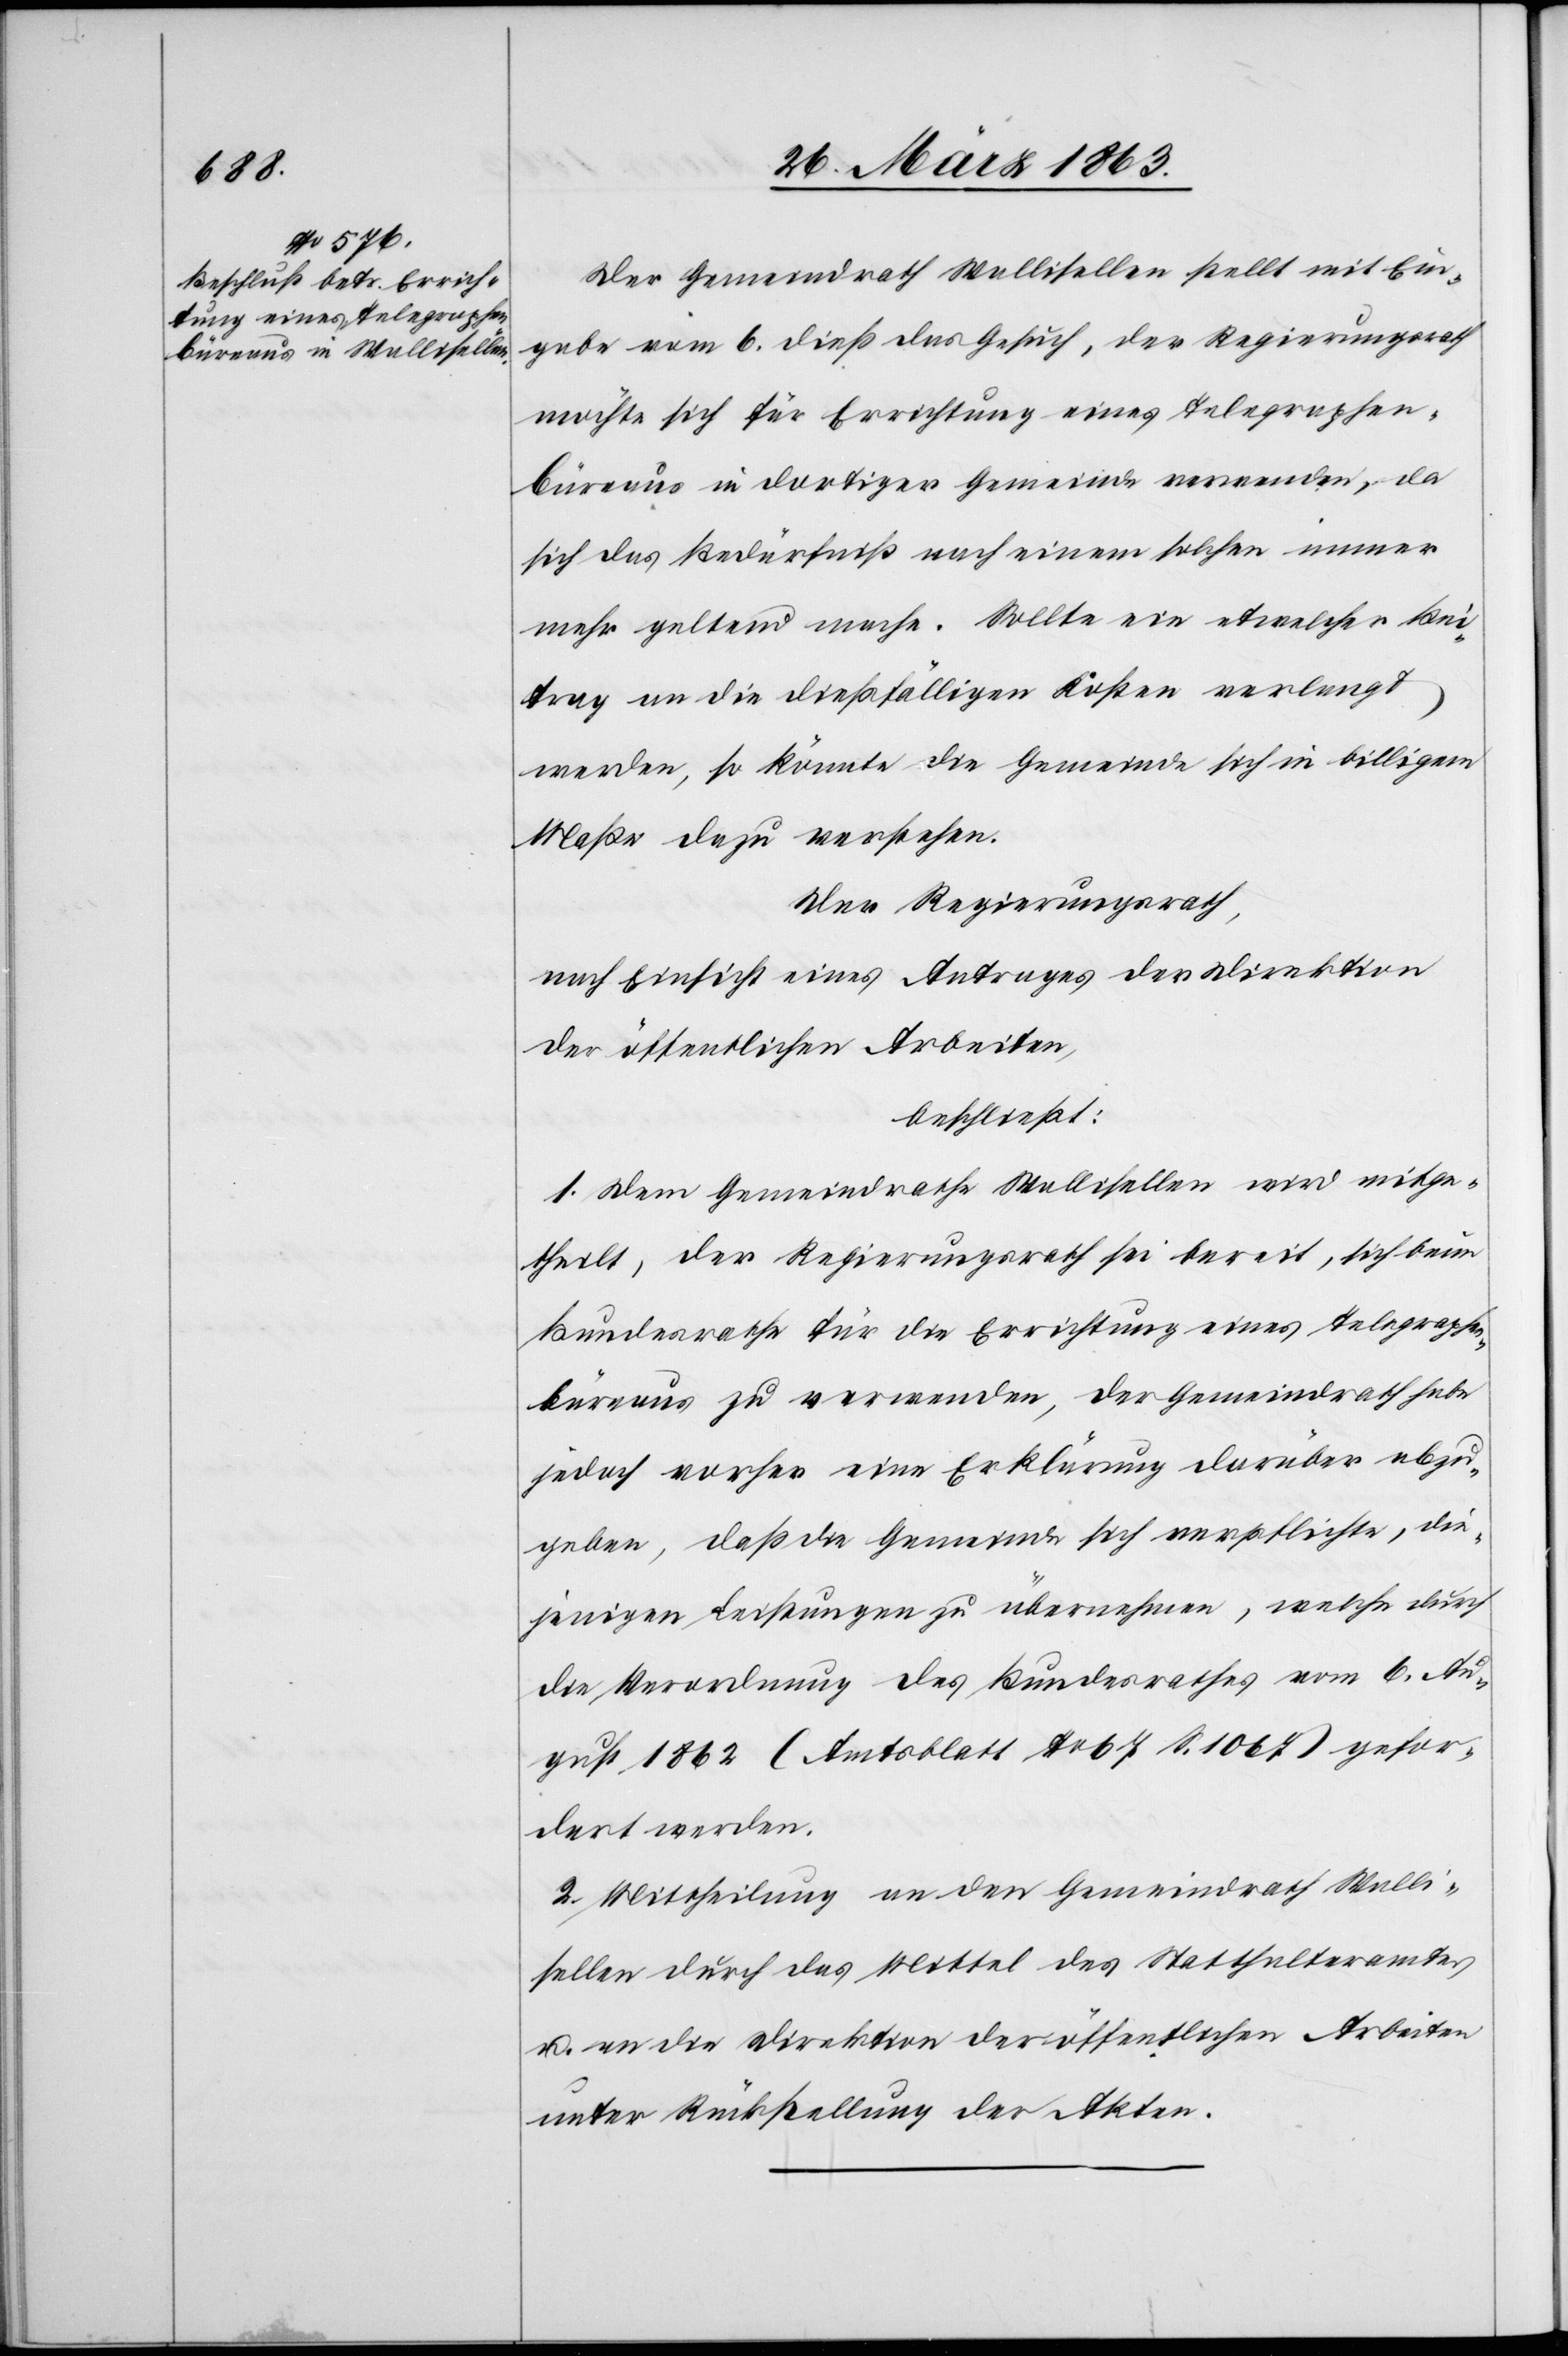
Der Gemeindrath Wallisellen stellt mit Ein¬
gabe vom 6. dieß das Gesuch, der Regierungsrath
möchte sich für Errichtung eines Telegraphen¬
büreaus in dortiger Gemeinde verwenden, da
sich das Bedürfniß nach einem solchen immer
mehr geltend mache. Sollte ein etwelcher Bei¬
trag an die dießfälligen Kosten verlangt
werden, so könnte die Gemeinde sich in billigem
Maße dazu verstehen.
Der Regierungsrath,
nach Einsicht eines Antrages der Direktion
der öffentlichen Arbeiten,
beschließt:
1. Dem Gemeindrathe Wallisellen wird mitge¬
theilt, der Regierungsrath sei bereit, sich beim
Bundesrathe für die Errichtung eines Telegraphen¬
büreaus zu verwenden, der Gemeindrath habe
jedoch vorher eine Erklärung darüber abzu¬
geben, daß die Gemeinde sich verpflichte, die¬
jenigen Leistungen zu übernehmen, welche durch
die Verordnung des Bundesrathes vom 6. Au¬
gust 1862 (Amtsblatt No 67 S. 1067) gefor¬
dert werden.
2. Mittheilung an den Gemeindrath Walli¬
sellen durch das Mittel des Statthalteramtes
u. an die Direktion der öffentlichen Arbeiten
unter Rückstellung der Akten.